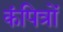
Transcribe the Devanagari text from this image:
कंपित्रों